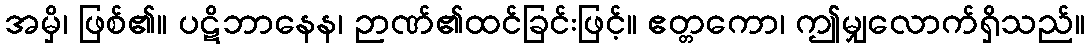
အမှိ၊ ဖြစ်၏။ ပဋိဘာနေန၊ ဉာဏ်၏ထင်ခြင်းဖြင့်။ ဧတ္တကော၊ ဤမျှလောက်ရှိသည်။